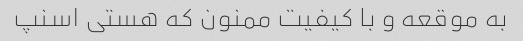
به موقعه و با کیفیت ممنون که هستی اسنپ